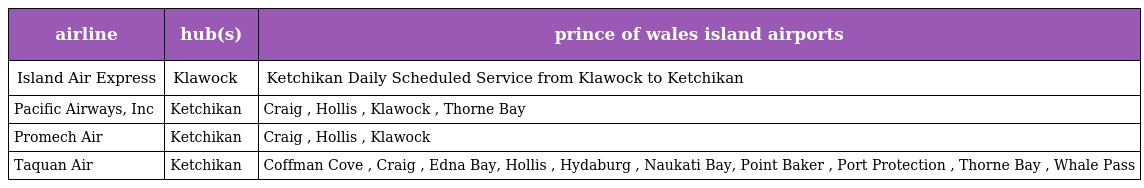
| airline | hub(s) | prince of wales island airports |
 | --- | --- | --- |
 | Island Air Express | Klawock | Ketchikan Daily Scheduled Service from Klawock to Ketchikan |
 | Pacific Airways, Inc | Ketchikan | Craig , Hollis , Klawock , Thorne Bay |
 | Promech Air | Ketchikan | Craig , Hollis , Klawock |
 | Taquan Air | Ketchikan | Coffman Cove , Craig , Edna Bay, Hollis , Hydaburg , Naukati Bay, Point Baker , Port Protection , Thorne Bay , Whale Pass |